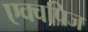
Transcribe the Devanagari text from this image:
एक्वपिज